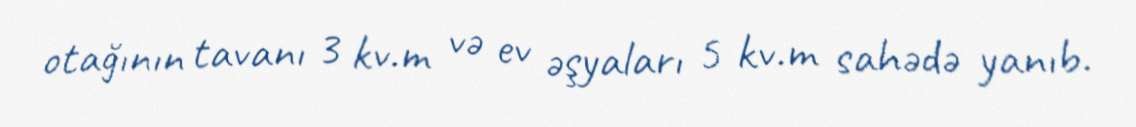
otağının tavanı 3 kv.m və ev əşyaları 5 kv.m sahədə yanıb.